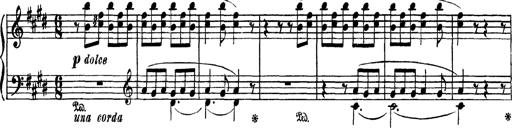
Title: AnnÃ©es de PÃ¨lerinage III
Composer: Franz Liszt